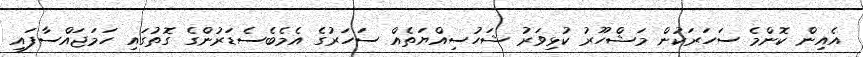
އެއިން ކޮންމެ ސަހަރަކުން މަޝްހޫރު ކުޅިވަރު ޝަހުސިއްޔަތެއް ސަހަރުގެ އެމެބެސެޑަރުންގެ ގޮތުގައި ހަމަޖައްސާފައި